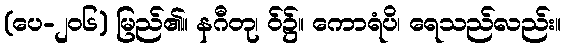
(ပေ-၂၀၆) မြည်၏။ နဂီတု၊ ဝ်၌။ ကောရံပိ၊ ရေသည်လည်း။